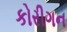
કોરીગન